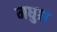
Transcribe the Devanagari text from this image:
मधुश्च